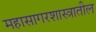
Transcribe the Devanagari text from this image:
महासागरशास्त्रातील